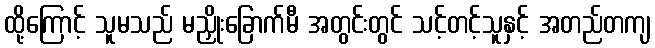
ထို့ကြောင့် သူမသည် မညှိုးခြောက်မီ အတွင်းတွင် သင့်တင့်သူနှင့် အတည်တကျ